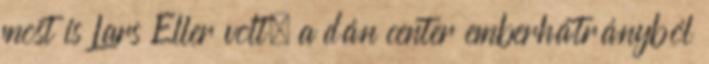
most is Lars Eller volt, a dán center emberhátrányból